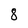
Character: 8